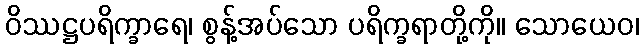
ဝိဿဋ္ဌပရိက္ခာရေ၊ စွန့်အပ်သော ပရိက္ခရာတို့ကို။ သောယေဝ၊